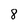
Character: 8